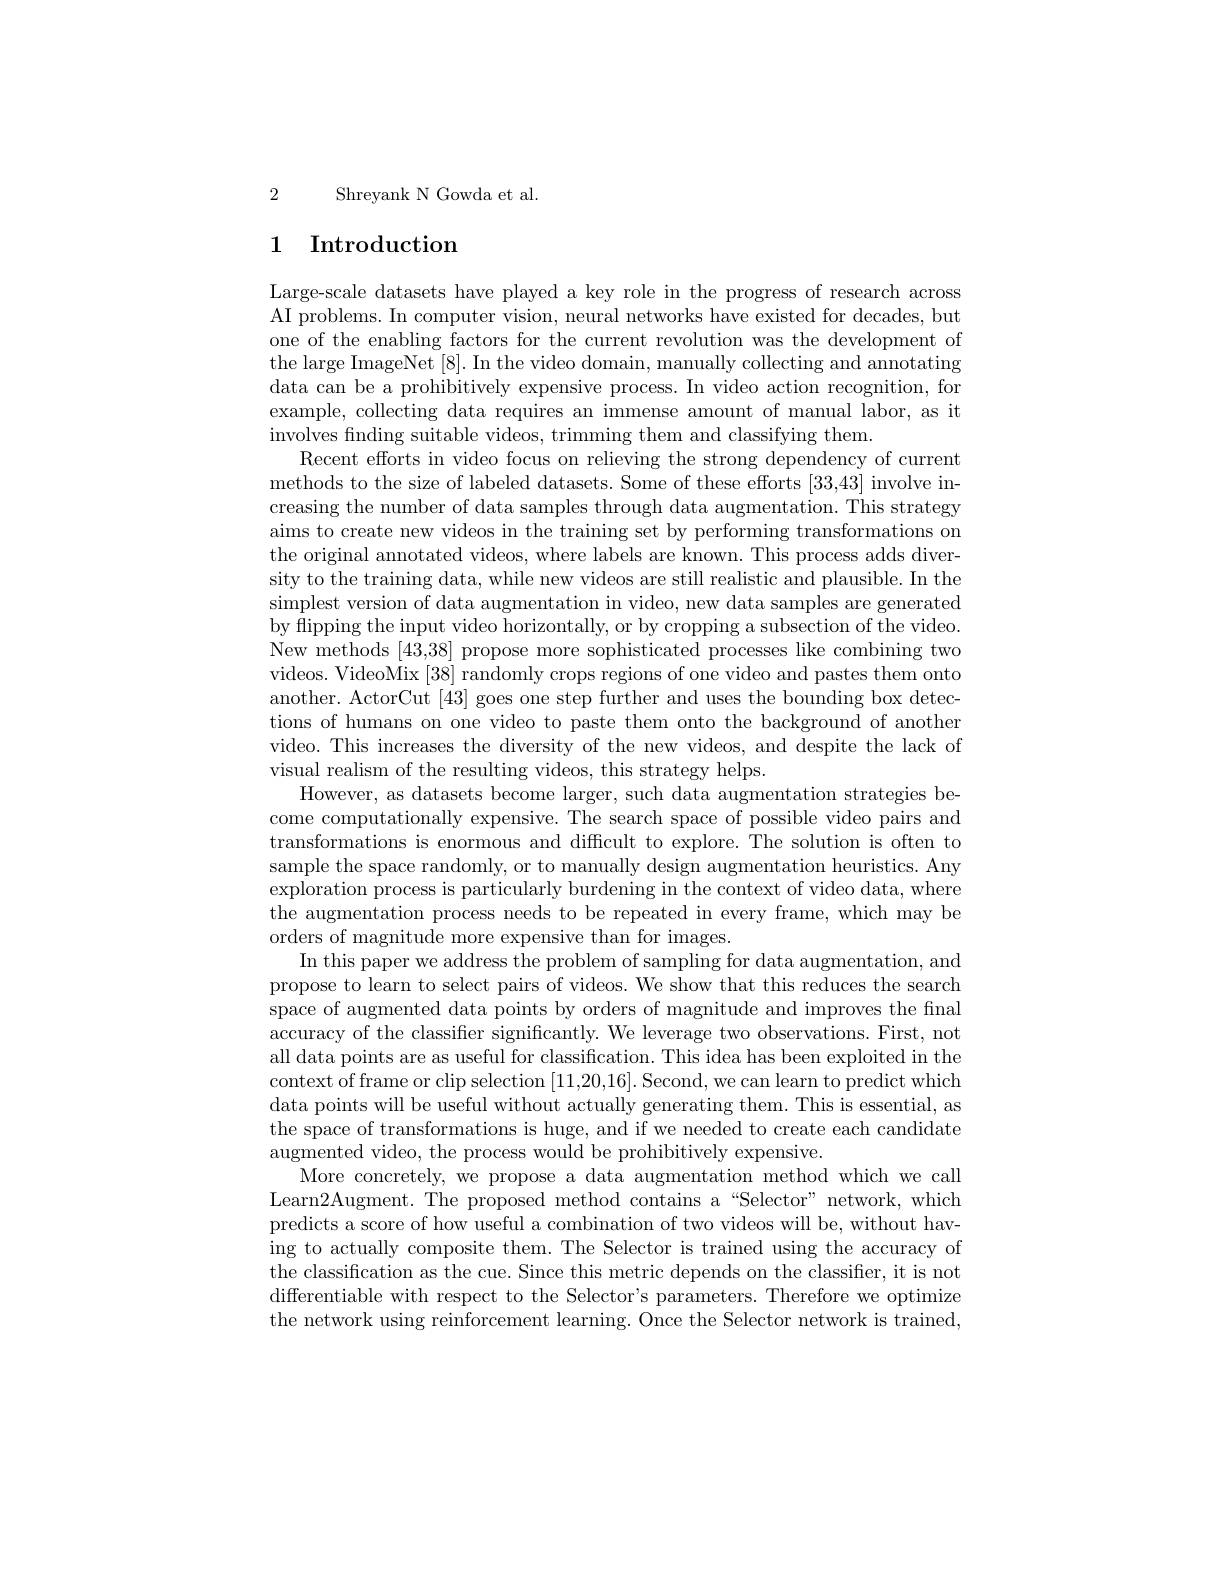
2 Shreyank N Gowda et al.

# 1 Introduction

Large-scale datasets have played a key role in the progress of research across AI problems. In computer vision, neural networks have existed for decades, but one of the enabling factors for the current revolution was the development of the large ImageNet [8]. In the video domain, manually collecting and annotating data can be a prohibitively expensive process. In video action recognition, for example, collecting data requires an immense amount of manual labor, as it involves finding suitable videos, trimming them and classifying them.
Recent efforts in video focus on relieving the strong dependency of current methods to the size of labeled datasets. Some of these efforts [33,43] involve increasing the number of data samples through data augmentation. This strategy aims to create new videos in the training set by performing transformations on the original annotated videos, where labels are known. This process adds diversity to the training data, while new videos are still realistic and plausible. In the simplest version of data augmentation in video, new data samples are generated by flipping the input video horizontally, or by cropping a subsection of the video. New methods [43,38] propose more sophisticated processes like combining two videos. VideoMix [38] randomly crops regions of one video and pastes them onto another. ActorCut [43] goes one step further and uses the bounding box detections of humans on one video to paste them onto the background of another video. This increases the diversity of the new videos, and despite the lack of visual realism of the resulting videos, this strategy helps.
However, as datasets become larger, such data augmentation strategies become computationally expensive. The search space of possible video pairs and transformations is enormous and difficult to explore. The solution is often to sample the space randomly, or to manually design augmentation heuristics. Any exploration process is particularly burdening in the context of video data, where the augmentation process needs to be repeated in every frame, which may be orders of magnitude more expensive than for images.
In this paper we address the problem of sampling for data augmentation, and propose to learn to select pairs of videos. We show that this reduces the search space of augmented data points by orders of magnitude and improves the final accuracy of the classifier significantly. We leverage two observations. First, not all data points are as useful for classification. This idea has been exploited in the context of frame or clip selection [11,20,16]. Second, we can learn to predict which data points will be useful without actually generating them. This is essential, as the space of transformations is huge, and if we needed to create each candidate augmented video, the process would be prohibitively expensive.
More concretely, we propose a data augmentation method which we call Learn2Augment. The proposed method contains a “Selector”network, which predicts a score of how useful a combination of two videos will be, without having to actually composite them. The Selector is trained using the accuracy of the classification as the cue. Since this metric depends on the classifier, it is not differentiable with respect to the Selector's parameters. Therefore we optimize the network using reinforcement learning. Once the Selector network is trained,